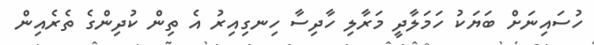
ހުސައިނަށް ބަޔަކު ހަމަލާދީ މަރާލި ހާދިސާ ހިނގިއިރު އެ ތިން ކުދިންގެ ތެރެއިން